Vaccination North-Western Provinces and Oudh 1896-1901 - 1896-1901
Year: 1896
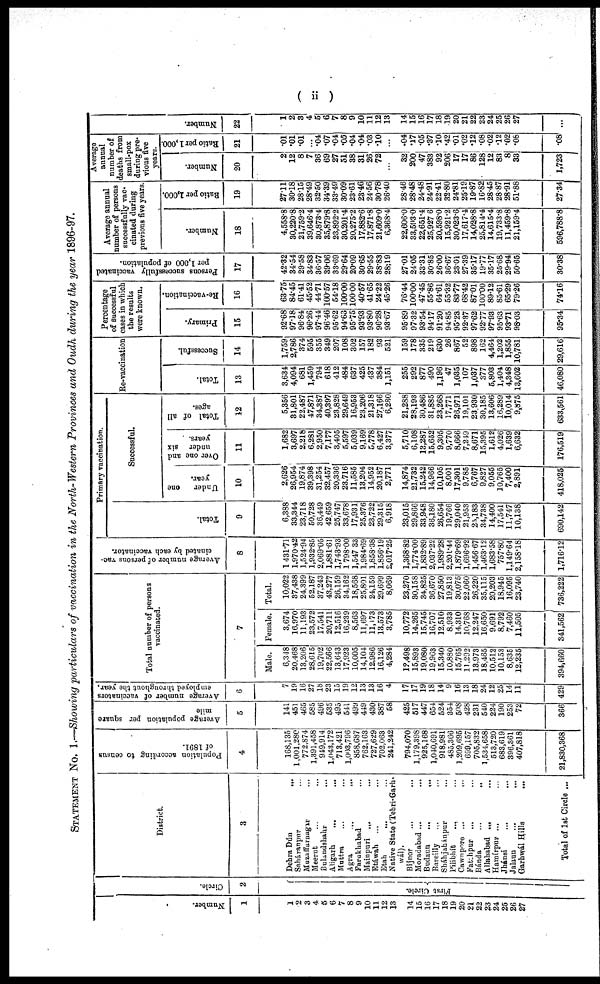
( ii )
STATEMENT No. 1.—Showing particulars of vaccination in the North-Western Provinces and Oudh during the year 1896-97.
Number.
1
1
2
3
4
5
6
7
8
9
10
11
12
13
14
15
16
17
18
19
20
21
22
23
24
25
26
27
Circle.
2
First Circle.
District.
3
Dehra Dun ...
Saháranpur ...
Muzaffarnagar ...
Meerut ... ... ...
Bulandshahr ...
Aligarh
...
...
Muttra ... ...
Agra ... ...
Farukhabad ...
Mainpuri ... ...
Etáwah
...
...
Etah ... ...
Native State (Tehri-Garh-
wál).
Bijnor
...
...
Moradabad
...
...
Budaun
...
...
Bareilly ... ...
Sháhjahánpur
...
Pilibhít ... ...
Cawnpore ... ...
Fatahpur ... ...
Bánda
...
...
Allahabad ... ...
Hamírpur ... ...
Jhánsi ... ...
Jalaun
...
...
Garhwál Hills
...
Total of 1st Circle ...
Population according to census
of 1891.
4
168,135
1,001,280
772,874
1,391,458
949,914
1,043,172
713,421
1,003,796
858,687
762,163
727,629
702,063
241,242
794,070
1,179,398
925,168
1,040,691
918,981
485,366
1,209,695
699,157
705,832
1,534,658
513,720
683,619
396,361
407,818
21,830,368
Average population per square
mile
5
141
451
465
585
496
535
495
541
499
449
430
387
58
425
517
447
654
524
354
508
428
231
540
224
190
253
72
366
Average number of vaccinators
employed throughout the year.
6
7
19
16
27
18
23
15
19
12
13
13
16
4
17
17
19
18
14
9
16
13
18
24
12
25
14
11
429
Total number of persons
vaccinated.
7
Male.
6,348
20,468
13,206
28,615
19,702
22,566
13,643
17,923
10,005
14,104
12,986
16,126
4,284
12,498
15,893
19,080
19,963
15,340
10,880
15,765
11,292
13,973
18,465
10,512
10,153
8,635
12,235
394,660
Female.
3,674
16,970
11,193
23,572
17,541
20,711
12,516
16,239
8,563
11,697
11,173
13,573
3,785
10,772
14,265
15,745
16,707
12,510
8,933
14,310
10,768
12,247
16,650
9,691
8,792
7,460
11,505
341,562
Total.
10,022
37,438
24,399
52,187
37,243
43,277
26,159
34,162
18,568
25,801
24,159
29,699
8,069
23,270
30,158
34,825
36,670
27,850
19,813
30,075
22,060
26,220
35,115
20,203
18,945
16,095
23,740
736,222
Average number of persons vac-
cinated by each vaccinator.
8
1,431.71
1,970.42
1,524.94
1,932.85
2,069.05
1,881.61
1,743.93
1,798.00
1,547.33
1,984.69
1,858.38
1,856.19
2,017.25
1,368.82
1,774.00
1,832.89
2,037.22
1,989.28
2,201.44
1,879.69
1,696.92
1,456.67
1,463.12
1,683.58
757.80
1,149.64
2,158.18
1,716.12
Primary vaccination.
Total.
9
6,388
33,344
23,718
50,728
36,449
42,659
25,747
33,678
17,931
25,376
23,722
29,315
6,918
23,015
29,866
33,948
36,180
26,654
19,766
29,040
21,953
25,183
34,738
14,400
17,541
11,747
10,138
690,142
Successful.
Under one
year.
10
2,626
26,954
19,874
39,398
31,254
32,457
20,336
23,716
11,585
13,204
14,952
20,187
2,771
14,874
21,732
15,242
14,966
10,105
8,001
17,301
9,785
6,767
9,827
9,055
10,765
7,400
2,891
418,025
Over one and
under six
years.
11
1,682
3,697
2,218
6,281
2,950
7,177
3,405
5,597
5,039
9,169
5,778
6,427
3,377
5,710
6,108
13,287
15,652
9,305
9,770
8,666
7,249
8,671
15,395
1,612
4,026
1,639
6,632
176,519
Total of all
ages.
12
5,356
31,801
22,487
47,871
34,387
40,397
23,828
29,649
16,953
23,206
21,318
27,166
6,280
21,288
28,193
30,486
31,885
23,268
17,771
26,971
19,101
23,930
30,185
13,606
16,289
10,014
9,875
633,561
Re-vaccination
Total.
13
3,634
4,094
681
1,459
794
618
412
484
637
425
437
384
1,151
255
292
877
490
1,196
47
1,035
107
1,037
377
5,803
1,404
4,348
13,602
46,080
Successful.
14
1,759
2,786
374
595
355
349
207
108
302
157
182
93
521
159
178
335
219
630
26
867
52
898
162
4,464
1,202
1,855
10,781
29,616
Percentage
of successful
cases in which
the results
were known.
Primary.
15
92.68
97.18
96.84
96.26
97.44
96.46
95.62
94.63
95.75
93.93
93.80
96.28
93.67
95.89
97.32
93.54
94.17
91.20
94.85
95.23
92.37
97.62
92.77
97.93
95.63
93.71
98.03
95.34
Re-vaccination.
16
63.75
84.45
61.41
45.52
44.71
100.57
54.18
100.00
100.00
40.57
41.65
24.22
45.26
76.44
100.00
47.45
55.86
64.61
55.32
83.77
68.42
87.01
100.00
89.12
85.61
65.29
79.26
74.16
Persons successfully vaccinated
per 1,000 of population.
17
42.32
34.54
29.58
34.83
36.57
39.06
33.69
29.64
20.09
30.65
29.55
38.83
28.19
27.01
24.05
33.31
30.85
26.00
36.67
23.01
27.39
35.17
19.77
35.17
25.68
29.94
50.65
30.38
Average annual
number of persons
successfully vac-
cinated during
previous five years.
Number.
18
4,558.8
30,220.8
21,759.2
39,646.4
30,873.4
35,879.8
23,892.2
30,201.4
20,275.2
17,882.6
17,871.8
21,609.0
6,368.4
22,606.0
33,593.0
22,651.4
25,927.6
20,598.0
15,921.2
30,023.6
17,617.4
14,028.8
25,814.4
14,615.4
19,733.8
11,459.8
21,159.4
596,788.8
Ratio per 1,000.
19
27.11
30.18
28.15
28.49
32.50
34.39
33.49
30.09
23.61
23.46
24.56
30.78
26.40
28.46
28.48
24.48
24.91
22.41
32.80
24.81
25.19
19.87
16.82
28.45
28.87
28.91
51.88
27.34
Average
annual
number of
deaths from
small-pox
during pre-
vious five
years.
Number.
20
2
12
8
7
36
69
27
51
38
31
26
72
...
32
200
47
383
92
206
17
17
86
128
12
83
8
33
1,723
Ratio per 1,000.
21
.01
.01
.01
...
.04
.07
.04
.05
.04
.04
.03
.10
...
.04
.17
.05
.37
.10
.42
.01
.02
.12
.08
.02
.12
.02
.08
.08
Number.
22
1
2
3
4
5
6
7
8
9
10
11
12
13
14
15
16
17
18
19
20
21
22
23
24
25
26
27
...